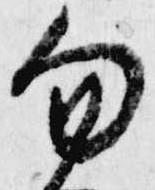
勿